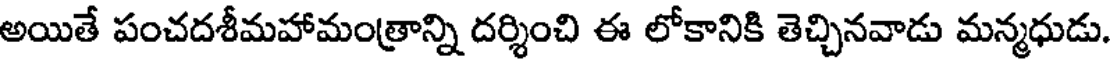
అయితే పంచదశీమహామంత్రాన్ని దర్శించి ఈ లోకానికి తెచ్చినవాడు మన్మధుడు.